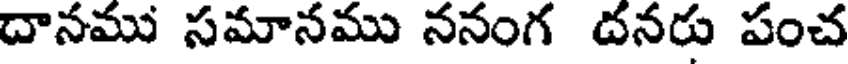
దానము సమానము ననంగ దనరు పంచ